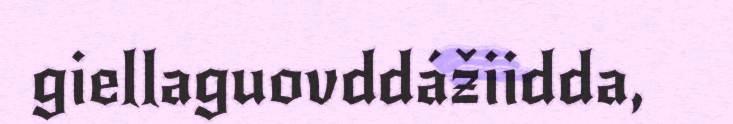
giellaguovddážiidda,